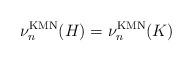
LaTeX: \begin{align*}\nu^{\mathrm{KMN}}_n(H)=\nu^{\mathrm{KMN}}_n(K)\end{align*}